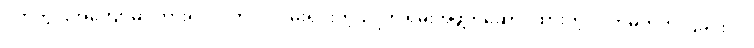
ဂုတ်တွင်းအကျော်မှာ ကားရပ်လိုက်ပါ လမ်းရှင်းတဲ့သုူကို ရှမ်းအဖွဲ့ကိုဆောင်ထားတဲ့ လက်မှတ်ကို ပြခိုင်းပါ။